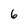
Character: 6